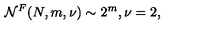
{ \cal N } ^ { F } ( N , m , \nu ) \sim 2 ^ { m } , \nu = 2 ,